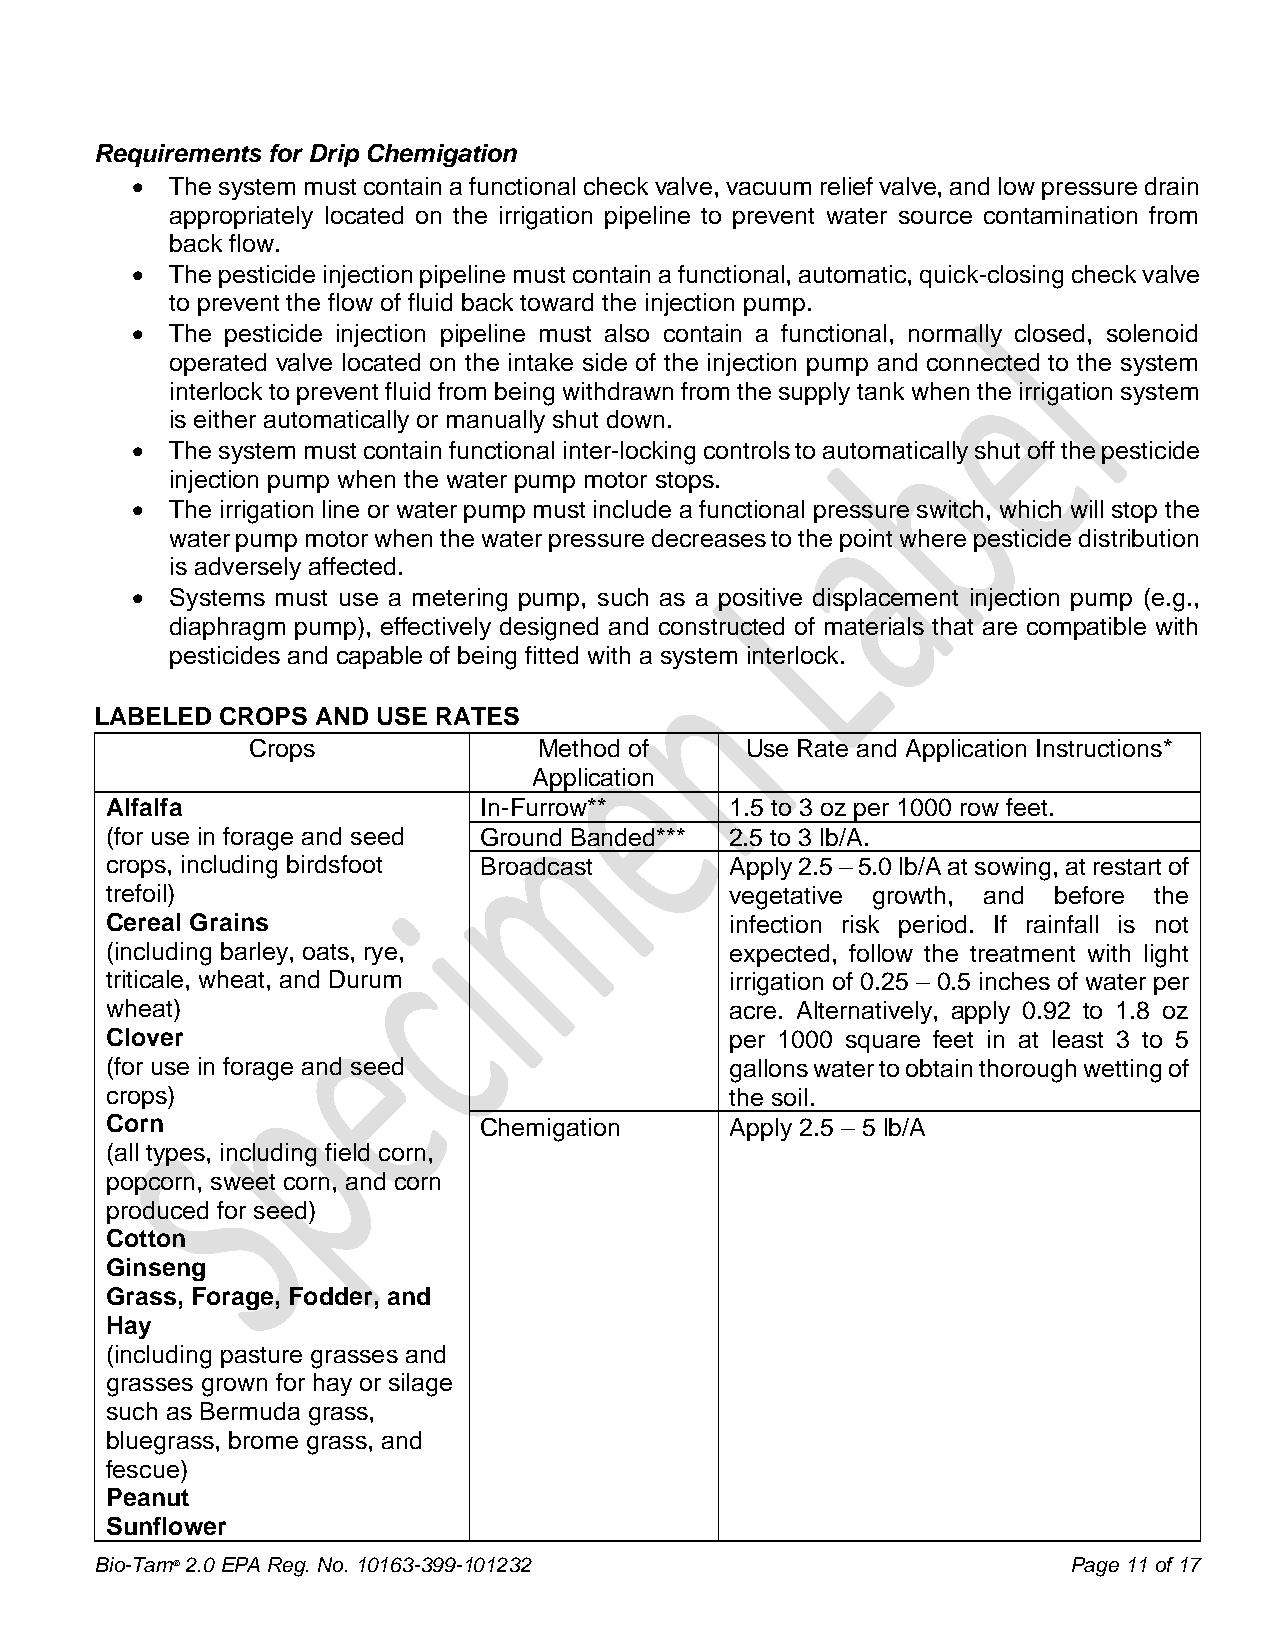
Requirements for Drip Chemigation
 • The system must contain a functional check valve, vacuum relief valve, and low pressure drain
 appropriately located on the irrigation pipeline to prevent water source contamination from
 back flow.
 • The pesticide injection pipeline must contain a functional, automatic, quick-closing check valve
 to prevent the flow of fluid back toward the injection pump.
 • The pesticide injection pipeline must also contain a functional, normally closed, solenoid
 operated valve located on the intake side of the injection pump and connected to the system
 interlock to prevent fluid from being withdrawn from the supply tank when the irrigation system
 is either automatically or manually shut down.
 • The system must contain functional inter-locking controls to automatically shut off the pesticide
 injection pump when the water pump motor stops.
 • The irrigation line or water pump must include a functional pressure switch, which will stop the
 water pump motor when the water pressure decreases to the point where pesticide distribution
 is adversely affected.
 • Systems must use a metering pump, such as a positive displacement injection pump (e.g.,
 diaphragm pump), effectively designed and constructed of materials that are compatible with
 pesticides and capable of being fitted with a system interlock.
 LABELED  CROPS AND USE RATES
 Crops               Method of    Use Rate and Application Instructions*
 Application
 Alfalfa                  In-Furrow**     1.5 to 3 oz per 1000 row feet.
 (for use in forage and seed Ground Banded*** 2.5 to 3 lb/A.
 crops, including birdsfoot Broadcast     Apply 2.5 – 5.0 lb/A at sowing, at restart of
 trefoil)                                 vegetative growth, and before the
 Cereal Grains                            infection risk period. If rainfall is not
 (including barley, oats, rye,            expected, follow the treatment with light
 triticale, wheat, and Durum              irrigation of 0.25 – 0.5 inches of water per
 wheat)                                   acre. Alternatively, apply 0.92 to 1.8 oz
 Clover                                   per 1000 square feet in at least 3 to 5
 (for use in forage and seed              gallons water to obtain thorough wetting of
 crops)                                   the soil.
 Corn                     Chemigation     Apply 2.5 – 5 lb/A
 (all types, including field corn,
 popcorn, sweet corn, and corn
 produced for seed)
 Cotton
 Ginseng
 Grass, Forage, Fodder, and
 Hay
 (including pasture grasses and
 grasses grown for hay or silage
 such as Bermuda grass,
 bluegrass, brome grass, and
 fescue)
 Peanut
 Sunflower
 Bio-Tam® 2.0 EPA Reg. No. 10163-399-101232                       Page 11 of 17